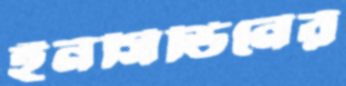
ইনসিডিনের